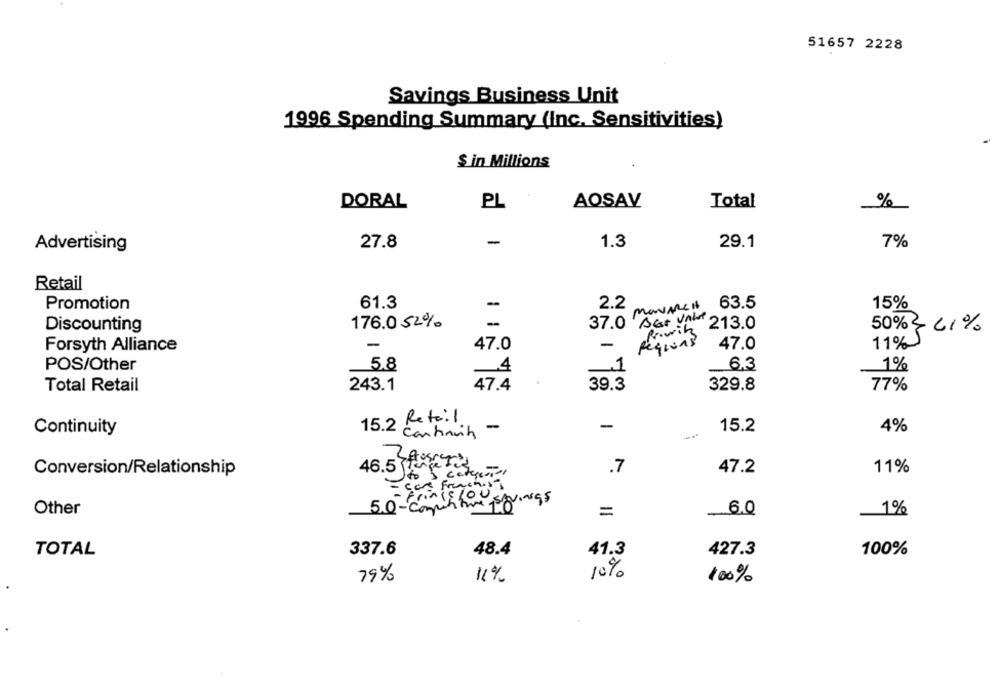
51657 2228
Savings Business Unit
1996 Spending Summary (Inc. Sensitivities)
$ in Millions
DORAL
PL
AOSAV
Total
%
-
Advertising
27.8
1.3
29.1
7%
Retail
61.3
maware Is
63.5
15%
Promotion
-
2.2
176.0 52%
-
37.0 Best Value
213.0
Discounting
50% } 61%
47.0
-
Regions
47.0
11%)
Forsyth Alliance
POS/Other
5.8
.1
6.3
1%
_4
Total Retail
243.1
47.4
39.3
329.8
77%
Retail
15.2
-
-
15.2
4%
Continuity
Continuity
2 Aos
46.5
.7
47.2
11%
Conversion/Relationship
to categor"
= cars Frenchist
- Frincelou
5.0-competitive springs
Other
=
6.0
1%
-
TOTAL
337.6
48.4
41.3
427.3
100%
10%
79%
11%
100%